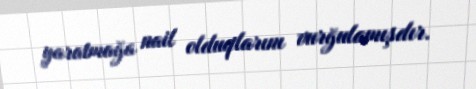
yaratmağa nail olduqlarını vurğulamışdır.